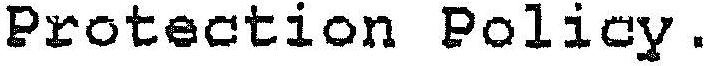
PROTECTION POLICY.